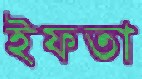
ইফতা